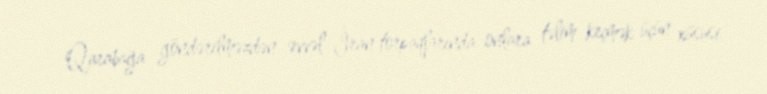
Qarabağa göndərilməzdən əvvəl İran torpaqlarında onlara təlim keçmək üçün xüsusi